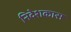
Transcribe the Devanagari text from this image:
निदेशकास